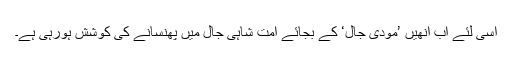
اسی لئے اب انھیں ’مودی جال‘ کے بجائے امت شاہی جال میں پھنسانے کی کوشش ہورہی ہے۔